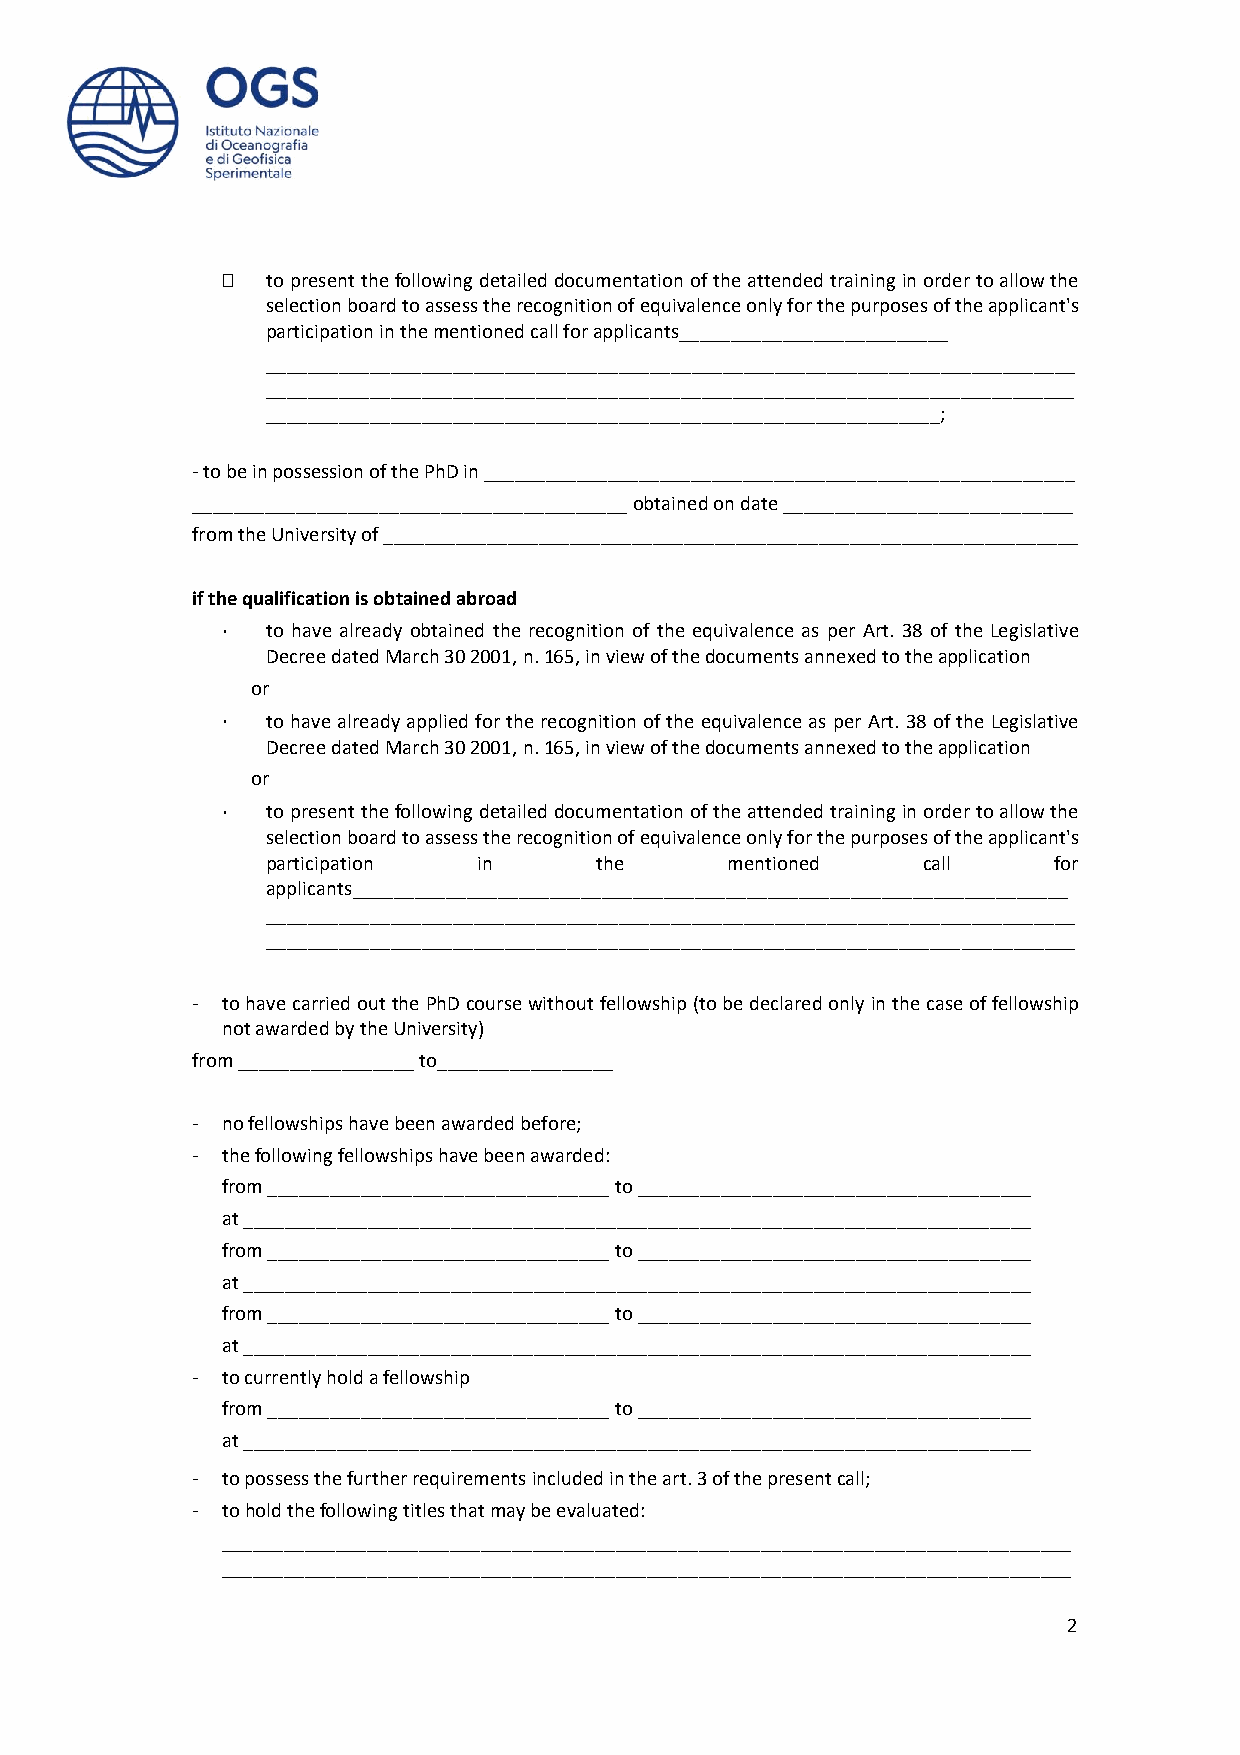
  to present the following detailed documentation of the attended training in order to allow the
 selection board to assess the recognition of equivalence only for the purposes of the applicant's
 participation in the mentioned call for applicants__________________________
 ______________________________________________________________________________
 ______________________________________________________________________________
 _________________________________________________________________;
 - to be in possession of the PhD in _________________________________________________________
 __________________________________________ obtained on date ____________________________
 from the University of ___________________________________________________________________
 if the qualification is obtained abroad
 to have already obtained the recognition of the equivalence as per Art. 38 of the Legislative
 Decree dated March 30 2001, n. 165, in view of the documents annexed to the application
 or
 to have already applied for the recognition of the equivalence as per Art. 38 of the Legislative
 Decree dated March 30 2001, n. 165, in view of the documents annexed to the application
 or
 to present the following detailed documentation of the attended training in order to allow the
 selection board to assess the recognition of equivalence only for the purposes of the applicant's
 participation in     the      mentioned    call     for
 applicants_____________________________________________________________________
 ______________________________________________________________________________
 ______________________________________________________________________________
 - to have carried out the PhD course without fellowship (to be declared only in the case of fellowship
 not awarded by the University)
 from _________________ to_________________
 - no fellowships have been awarded before;
 - the following fellowships have been awarded:
 from _________________________________ to ______________________________________
 at ____________________________________________________________________________
 from _________________________________ to ______________________________________
 at ____________________________________________________________________________
 from _________________________________ to ______________________________________
 at ____________________________________________________________________________
 - to currently hold a fellowship
 from _________________________________ to ______________________________________
 at ____________________________________________________________________________
 - to possess the further requirements included in the art. 3 of the present call;
 - to hold the following titles that may be evaluated:
 __________________________________________________________________________________
 __________________________________________________________________________________
 2